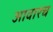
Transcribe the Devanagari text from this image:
आवारच